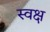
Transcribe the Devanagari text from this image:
स्वक्ष